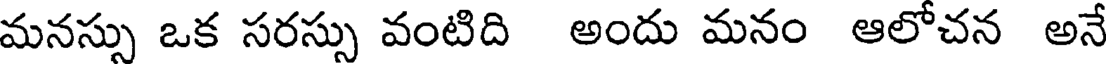
మనస్సు ఒక సరస్సు వంటిది అందు మనం ఆలోచన అనే